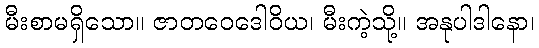
မီးစာမရှိသော။ ဇာတဝေဒေါဝိယ၊ မီးကဲ့သို့။ အနုပါဒါနော၊